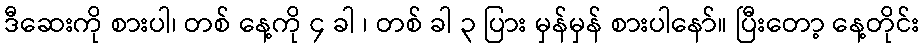
ဒီဆေးကို စားပါ၊ တစ် နေ့ကို ၄ ခါ ၊ တစ် ခါ ၃ ပြား မှန်မှန် စားပါနော်။ ပြီးတော့ နေ့တိုင်း